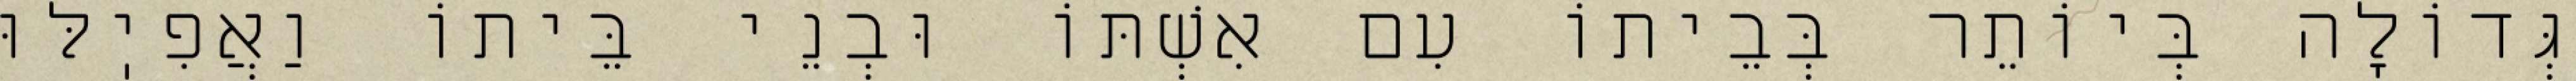
גְּדוֹלָה בְּיוֹתֵר בְּבֵיתוֹ עִם אִשְׁתּוֹ וּבְנֵי בֵּיתוֹ וַאֲפִיֽלּוּ